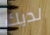
لديك